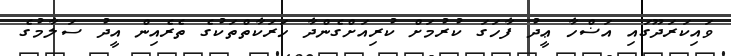
ވައިކަރަދޫގައި އަޟްހާ ޢީދު ފާހަގަ ކުރުމަށް ކުރިއަށްގެންދާ ހަރަކާތްތަކުގެ ތެރެއިން އީދު ސަލާމުގެ